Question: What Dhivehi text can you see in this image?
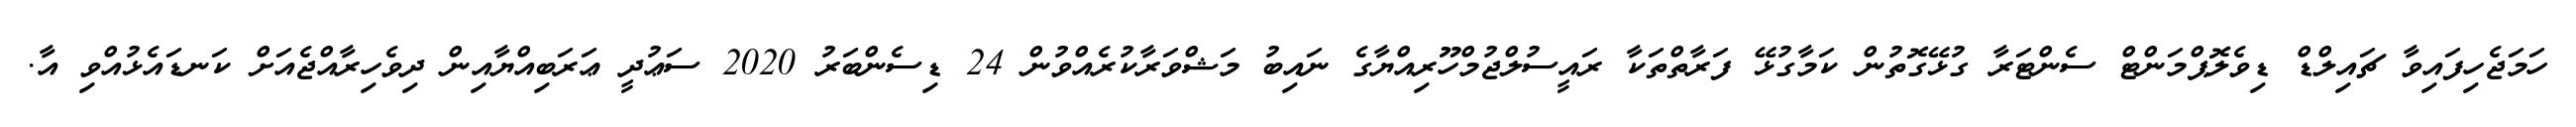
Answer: ހަމަޖެހިފައިވާ ޗައިލްޑް ޑިވެލޮޕްމަންޓް ސެންޓަރާ ގުޅޭގޮތުން ކަމާގުޅޭ ފަރާތްތަކާ ރައީސުލްޖުމްހޫރިއްޔާގެ ނައިބު މަޝްވަރާކުރެއްވުން 24 ޑިސެންބަރު 2020 ސަޢުދީ ޢަރަބިއްޔާއިން ދިވެހިރާއްޖެއަށް ކަނޑައެޅުއްވި އާ.